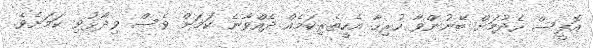
އޮފީސް ހެދުމަށް ބޭނުންވާ ހުރިހާ އެހީތެރިކަމެއް ދެއްވާނެ ކަމަށް ވެސް ވިދާޅުވި ކަމަށެވެ.